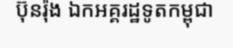
ប៊ុនរ៉ុង ឯកអគ្គរដ្ឋទូតកម្ពុជា